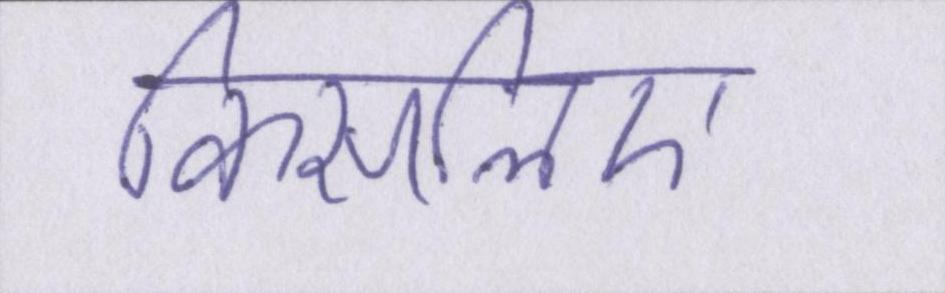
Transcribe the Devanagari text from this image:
किसलिए